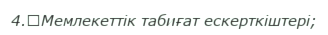
4.	Мемлекеттік табиғат ескерткіштері;